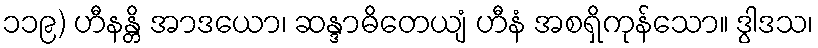
၁၁၉) ဟီနန္တိ အာဒယော၊ ဆန္ဒာဓိတေယျံ ဟီနံ အစရှိကုန်သော။ ဒွါဒသ၊